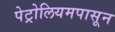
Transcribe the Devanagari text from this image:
पेट्रोलियमपासून